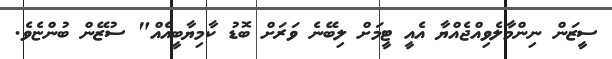
ސީޒަން ނިންމާލެވިއްޖެއްޔާ އެއީ ޓީމަށް ލިބޭނެ ވަރަށް ބޮޑު ކާމިޔާބީއެއް" ސުޒޭން ބުންޏެވެ.